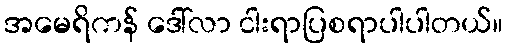
အမေရိကန် ဒေါ်လာ ငါးရာပြစရာပါပါတယ်။